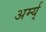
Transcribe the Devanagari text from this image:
अर्म्य्